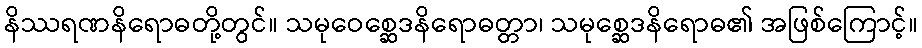
နိဿရဏနိရောဓတို့တွင်။ သမုဝေစ္ဆေဒနိရောဓတ္တာ၊ သမုစ္ဆေဒနိရောဓ၏ အဖြစ်ကြောင့်။